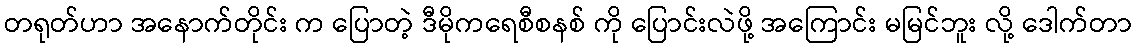
တရုတ်ဟာ အနောက်တိုင်း က ပြောတဲ့ ဒီမိုကရေစီစနစ် ကို ပြောင်းလဲဖို့ အကြောင်း မမြင်ဘူး လို့ ဒေါက်တာ